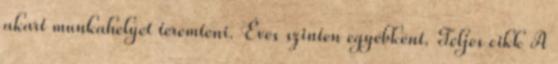
akart munkahelyet teremteni. Éves szinten egyébként. Teljes cikk A